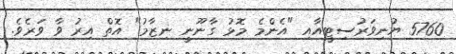
5760 ޔުނިވަރުސިޓީއާއި "އެންމެ މޮޅު ގާނޫނީ ނިޒާމު" އޮތް އިރު ވާ ވަރެވެ.